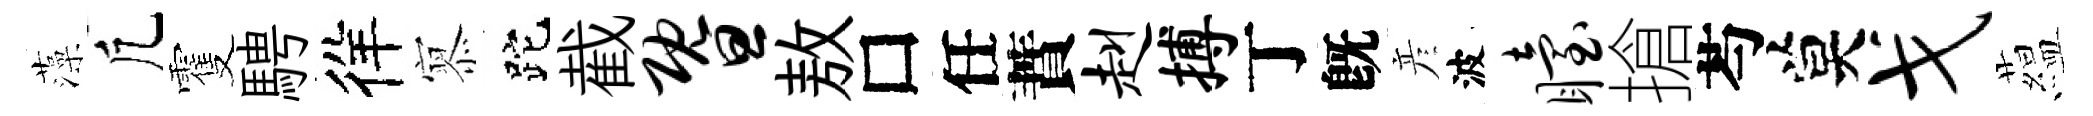
藻凢䨥騁徉𡪹跎截暨敖□任蕡赳搏丁旣彦波眙搶芍莫戈藴